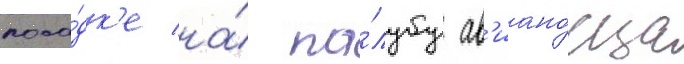
поса́дк'е на́ па́лубу ав'иано́сца